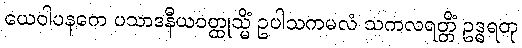
ယေဝါပနကေ ပသာဒနီယဝတ္ထုသ္မိံ ဥပါသကမလံ သကလရတ္တိံ ဥဒ္ဓရတု